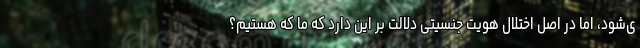
ی‌شود، اما در اصل اختلال هویت جنسیتی دلالت بر این دارد که ما که هستیم؟